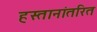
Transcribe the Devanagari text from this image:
हस्तानांतरित